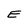
Character: E